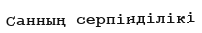
Санның серпінділікі